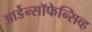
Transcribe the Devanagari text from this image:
आर्डेन्सॉफेन्सिव्ह